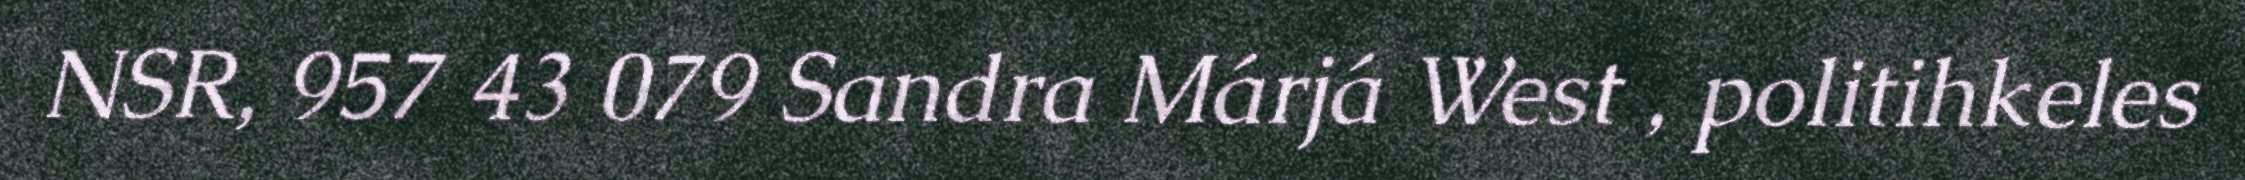
NSR, 957 43 079 Sandra Márjá West , politihkeles